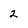
Character: 2